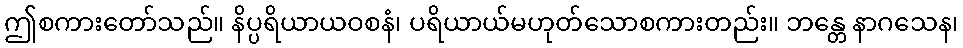
ဤစကားတော်သည်။ နိပ္ပရိယာယဝစနံ၊ ပရိယာယ်မဟုတ်သောစကားတည်း။ ဘန္တေ နာဂသေန၊